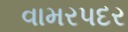
વામરપદર